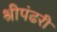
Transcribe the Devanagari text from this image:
श्रीपंढरी